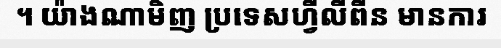
។ យ៉ាងណាមិញ ប្រទេសហ្វីលីពីន មានការ